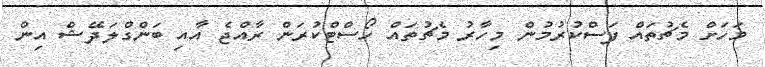
މަހަށް މެޗުތައް ފަސްކުރުމުން މިހާރު މެޗުތައް ހޯސްޓްކުރަން ރާއްޖެ އާއި ބަންގްލަދޭޝް އިން